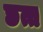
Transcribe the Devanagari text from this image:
छत्त